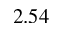
2 . 5 4